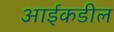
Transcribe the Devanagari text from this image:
आईकडील